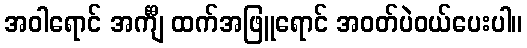
အဝါရောင် အင်္ကျီ ထက်အဖြူရောင် အဝတ်ပဲဝယ်ပေးပါ။